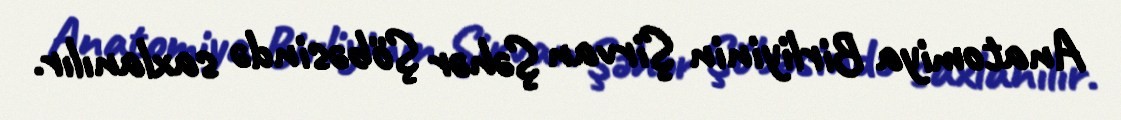
Anatomiya Birliyinin Şirvan Şəhər Şöbəsində saxlanılır.